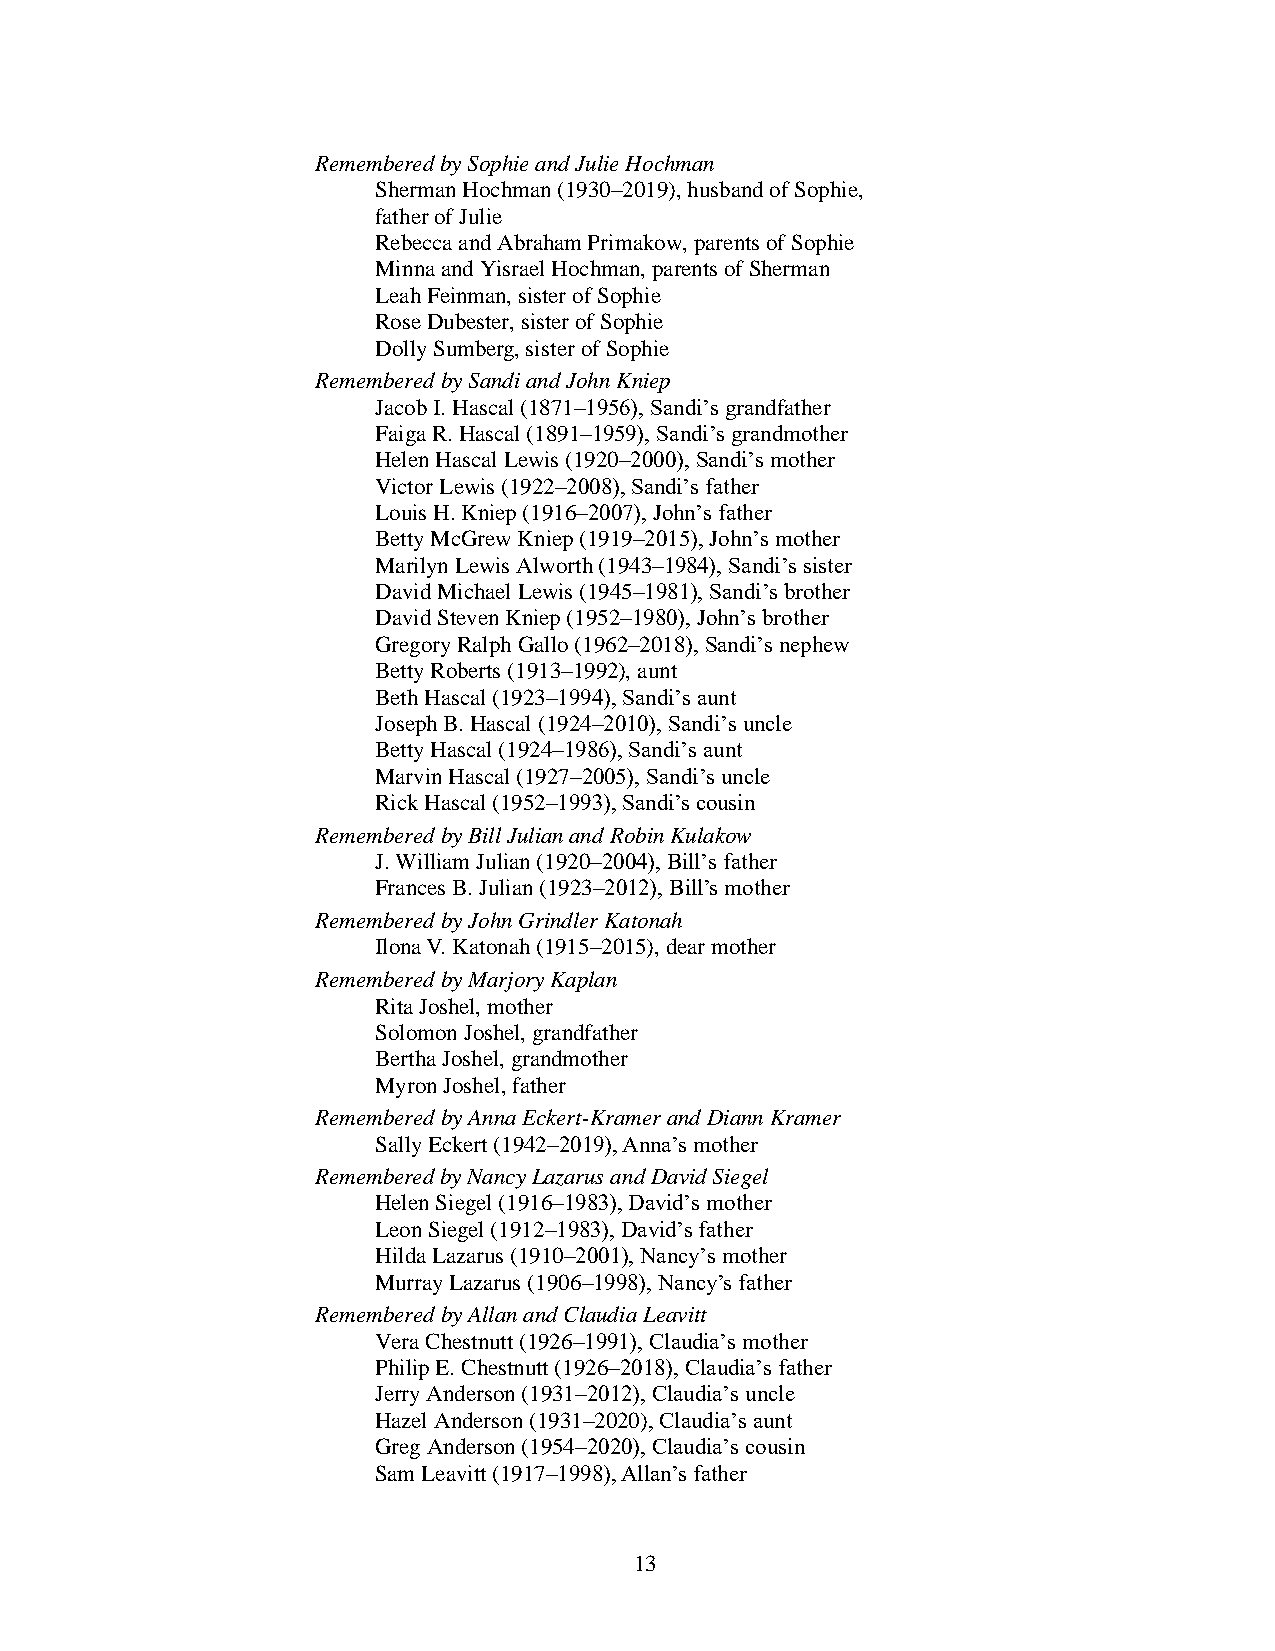
Remembered by Sophie and Julie Hochman
 Sherman Hochman (1930–2019), husband of Sophie,
 father of Julie
 Rebecca and Abraham Primakow, parents of Sophie
 Minna and Yisrael Hochman, parents of Sherman
 Leah Feinman, sister of Sophie
 Rose Dubester, sister of Sophie
 Dolly Sumberg, sister of Sophie
 Remembered by Sandi and John Kniep
 Jacob I. Hascal (1871–1956), Sandi’s grandfather
 Faiga R. Hascal (1891–1959), Sandi’s grandmother
 Helen Hascal Lewis (1920–2000), Sandi’s mother
 Victor Lewis (1922–2008), Sandi’s father
 Louis H. Kniep (1916–2007), John’s father
 Betty McGrew Kniep (1919–2015), John’s mother
 Marilyn Lewis Alworth (1943–1984), Sandi’s sister
 David Michael Lewis (1945–1981), Sandi’s brother
 David Steven Kniep (1952–1980), John’s brother
 Gregory Ralph Gallo (1962–2018), Sandi’s nephew
 Betty Roberts (1913–1992), aunt
 Beth Hascal (1923–1994), Sandi’s aunt
 Joseph B. Hascal (1924–2010), Sandi’s uncle
 Betty Hascal (1924–1986), Sandi’s aunt
 Marvin Hascal (1927–2005), Sandi’s uncle
 Rick Hascal (1952–1993), Sandi’s cousin
 Remembered by Bill Julian and Robin Kulakow
 J. William Julian (1920–2004), Bill’s father
 Frances B. Julian (1923–2012), Bill’s mother
 Remembered by John Grindler Katonah
 Ilona V. Katonah (1915–2015), dear mother
 Remembered by Marjory Kaplan
 Rita Joshel, mother
 Solomon Joshel, grandfather
 Bertha Joshel, grandmother
 Myron Joshel, father
 Remembered by Anna Eckert-Kramer and Diann Kramer
 Sally Eckert (1942–2019), Anna’s mother
 Remembered by Nancy Lazarus and David Siegel
 Helen Siegel (1916–1983), David’s mother
 Leon Siegel (1912–1983), David’s father
 Hilda Lazarus (1910–2001), Nancy’s mother
 Murray Lazarus (1906–1998), Nancy’s father
 Remembered by Allan and Claudia Leavitt
 Vera Chestnutt (1926–1991), Claudia’s mother
 Philip E. Chestnutt (1926–2018), Claudia’s father
 Jerry Anderson (1931–2012), Claudia’s uncle
 Hazel Anderson (1931–2020), Claudia’s aunt
 Greg Anderson (1954–2020), Claudia’s cousin
 Sam Leavitt (1917–1998), Allan’s father
 1 3